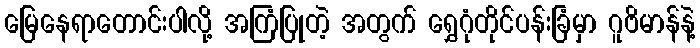
မြေနေရာတောင်းပါလို့ အကြံပြုတဲ့ အတွက် ရွှေဂုံတိုင်ပန်းခြံမှာ ဂူဗိမာန်နဲ့